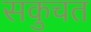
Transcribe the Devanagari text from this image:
सकुचत